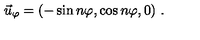
\vec { u } _ { \varphi } = ( - \sin n \varphi , \cos n \varphi , 0 ) \ .